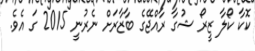
ކޮކާ ކޯލާ ޒީރޯ ޝުގާ ރާއްޖޭގެ ބާޒާރަށް ނެރުނީ 2015 ގަ އެވެ.